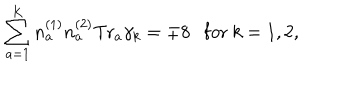
\sum _ { a = 1 } ^ { K } n _ { a } ^ { ( 1 ) } n _ { a } ^ { ( 2 ) } \mathrm { T r } _ { a } \gamma _ { k } = \mp 8 \ \ \ \mathrm { f o r } \ k = 1 , 2 ,